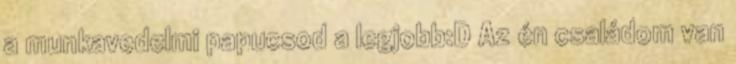
a munkavedelmi papucsod a legjobb:D Az én családom van